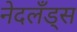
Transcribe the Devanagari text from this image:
नेदलँड्स